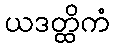
ယဒတ္ထိကံ